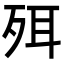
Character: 𣧹